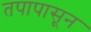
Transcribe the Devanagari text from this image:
तपापासून